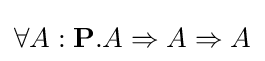
\forall A:\mathbf {P} .A\Rightarrow A\Rightarrow A